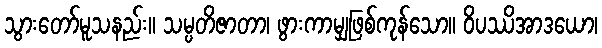
သွားတော်မူသနည်း။ သမ္ပတိဇာတာ၊ ဖွားကာမျှဖြစ်ကုန်သော။ ဝိပဿိအာဒယော၊